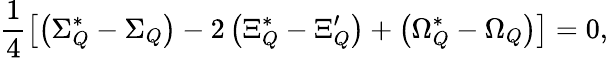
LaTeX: \frac 14\left[\left(\Sigma_{Q}^{*}-\Sigma_{Q}\right)-2\left(\Xi_{Q}^{*}-\Xi_{Q}^{\prime}\right)+\left(\Omega_{Q}^{*}-\Omega_{Q}\right)\right]=0,